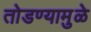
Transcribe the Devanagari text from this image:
तोडण्यामुळे